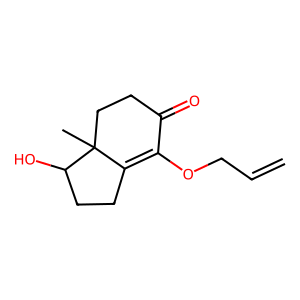
SMILES: C=CCOC1=C2CCC(O)C2(C)CCC1=O
Inhibits HIV replication: No